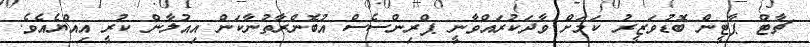
ޗާޓް ޕާޓީން ބޮޑުވަޒީރު ކަމަށް ވާދަކުރައްވާނީ ޕްރިންސެސް އުބޮންރާތުނާކަން އިއުލާން ކުރީ އިއްޔެއެވެ.